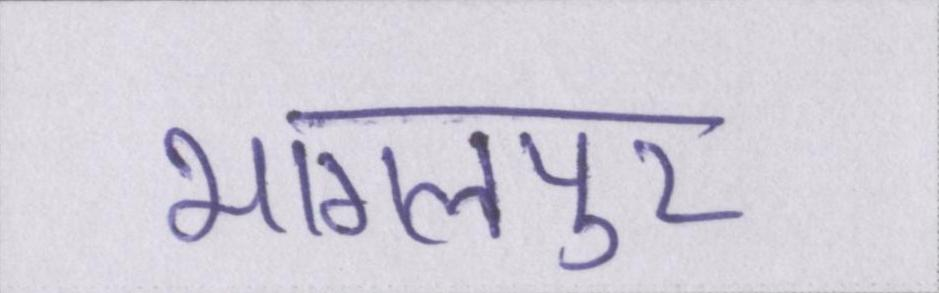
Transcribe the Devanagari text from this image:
भागलपुर